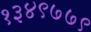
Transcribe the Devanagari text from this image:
१३४९७७९